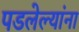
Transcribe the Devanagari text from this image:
पडलेल्यांना